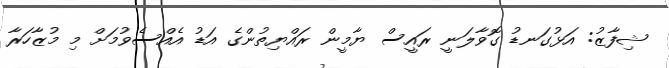
ޝިފާޒު: އަޅުގަނޑު ގޮވާލަނީ ރައީސް ޔާމީން ރައްޔިތުންގެ އަޑު އެއްސެވުމަށް މި މުޒާހަރާ